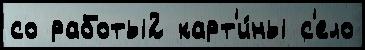
со работы2 карт'и́ны с'ело